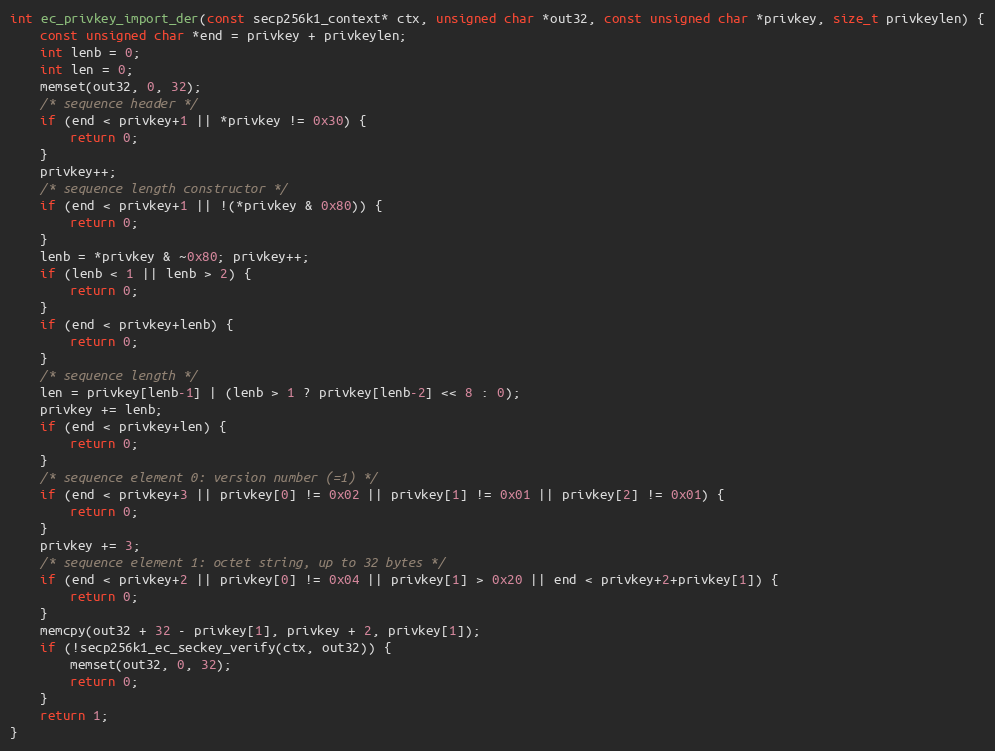
Language: C
int ec_privkey_import_der(const secp256k1_context* ctx, unsigned char *out32, const unsigned char *privkey, size_t privkeylen) {
    const unsigned char *end = privkey + privkeylen;
    int lenb = 0;
    int len = 0;
    memset(out32, 0, 32);
    /* sequence header */
    if (end < privkey+1 || *privkey != 0x30) {
        return 0;
    }
    privkey++;
    /* sequence length constructor */
    if (end < privkey+1 || !(*privkey & 0x80)) {
        return 0;
    }
    lenb = *privkey & ~0x80; privkey++;
    if (lenb < 1 || lenb > 2) {
        return 0;
    }
    if (end < privkey+lenb) {
        return 0;
    }
    /* sequence length */
    len = privkey[lenb-1] | (lenb > 1 ? privkey[lenb-2] << 8 : 0);
    privkey += lenb;
    if (end < privkey+len) {
        return 0;
    }
    /* sequence element 0: version number (=1) */
    if (end < privkey+3 || privkey[0] != 0x02 || privkey[1] != 0x01 || privkey[2] != 0x01) {
        return 0;
    }
    privkey += 3;
    /* sequence element 1: octet string, up to 32 bytes */
    if (end < privkey+2 || privkey[0] != 0x04 || privkey[1] > 0x20 || end < privkey+2+privkey[1]) {
        return 0;
    }
    memcpy(out32 + 32 - privkey[1], privkey + 2, privkey[1]);
    if (!secp256k1_ec_seckey_verify(ctx, out32)) {
        memset(out32, 0, 32);
        return 0;
    }
    return 1;
}